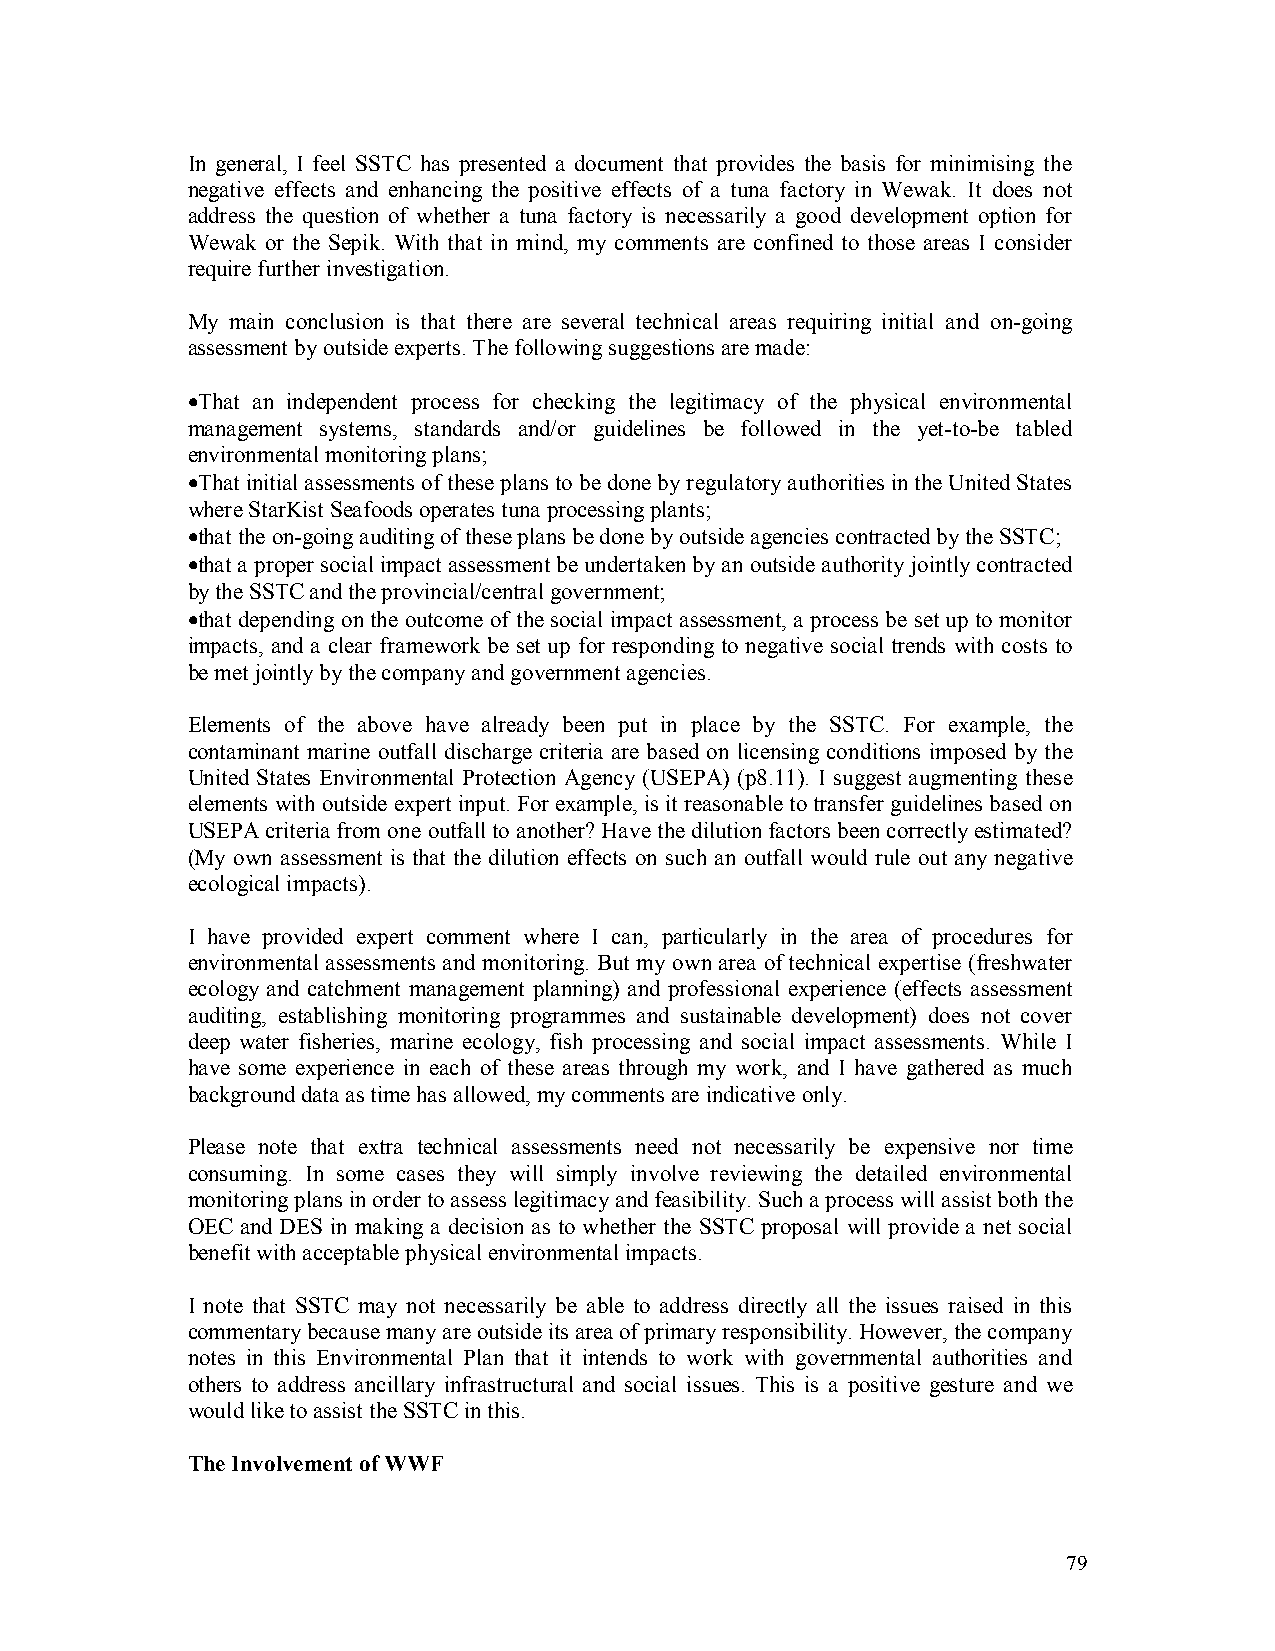
In general, I feel SSTC has presented a document that provides the basis for minimising the
 negative effects and enhancing the positive effects of a tuna factory in Wewak. It does not
 address the question of whether a tuna factory is necessarily a good development option for
 Wewak or the Sepik. With that in mind, my comments are confined to those areas I consider
 require further investigation.
 My main conclusion is that there are several technical areas requiring initial and on-going
 assessment by outside experts. The following suggestions are made:
 •That an independent process for checking the legitimacy of the physical environmental
 management systems, standards and/or guidelines be followed in the yet-to-be tabled
 environmental monitoring plans;
 •That initial assessments of these plans to be done by regulatory authorities in the United States
 where StarKist Seafoods operates tuna processing plants;
 •that the on-going auditing of these plans be done by outside agencies contracted by the SSTC;
 •that a proper social impact assessment be undertaken by an outside authority jointly contracted
 by the SSTC and the provincial/central government;
 •that depending on the outcome of the social impact assessment, a process be set up to monitor
 impacts, and a clear framework be set up for responding to negative social trends with costs to
 be met jointly by the company and government agencies.
 Elements of the above have already been put in place by the SSTC. For example, the
 contaminant marine outfall discharge criteria are based on licensing conditions imposed by the
 United States Environmental Protection Agency (USEPA) (p8.11). I suggest augmenting these
 elements with outside expert input. For example, is it reasonable to transfer guidelines based on
 USEPA criteria from one outfall to another? Have the dilution factors been correctly estimated?
 (My own assessment is that the dilution effects on such an outfall would rule out any negative
 ecological impacts).
 I have provided expert comment where I can, particularly in the area of procedures for
 environmental assessments and monitoring. But my own area of technical expertise (freshwater
 ecology and catchment management planning) and professional experience (effects assessment
 auditing, establishing monitoring programmes and sustainable development) does not cover
 deep water fisheries, marine ecology, fish processing and social impact assessments. While I
 have some experience in each of these areas through my work, and I have gathered as much
 background data as time has allowed, my comments are indicative only.
 Please note that extra technical assessments need not necessarily be expensive nor time
 consuming. In some cases they will simply involve reviewing the detailed environmental
 monitoring plans in order to assess legitimacy and feasibility. Such a process will assist both the
 OEC and DES in making a decision as to whether the SSTC proposal will provide a net social
 benefit with acceptable physical environmental impacts.
 I note that SSTC may not necessarily be able to address directly all the issues raised in this
 commentary because many are outside its area of primary responsibility. However, the company
 notes in this Environmental Plan that it intends to work with governmental authorities and
 others to address ancillary infrastructural and social issues. This is a positive gesture and we
 would like to assist the SSTC in this.
 The Involvement of WWF
 79